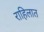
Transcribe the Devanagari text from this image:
राहिलात